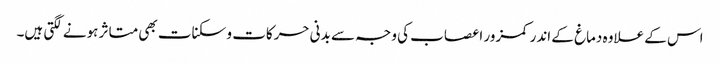
اس کے علاوہ دماغ کے اندر کمزور اعصاب کی وجہ سے بدنی حرکات و سکنات بھی متاثر ہونے لگتی ہیں۔